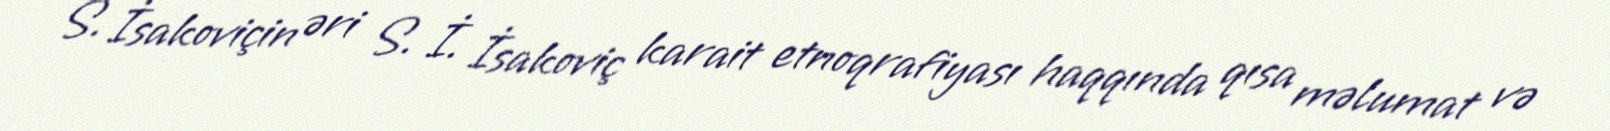
S. İsakoviçin əri S. İ. İsakoviç karait etnoqrafiyası haqqında qısa məlumat və